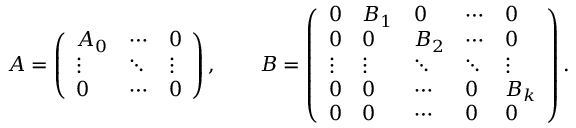
A = \left( \begin{array} { l l l } { A _ { 0 } } & { \cdots } & { 0 } \\ { \vdots } & { \ddots } & { \vdots } \\ { 0 } & { \cdots } & { 0 } \end{array} \right) , \qquad B = \left( \begin{array} { l l l l l } { 0 } & { B _ { 1 } } & { 0 } & { \cdots } & { 0 } \\ { 0 } & { 0 } & { B _ { 2 } } & { \cdots } & { 0 } \\ { \vdots } & { \vdots } & { \ddots } & { \ddots } & { \vdots } \\ { 0 } & { 0 } & { \cdots } & { 0 } & { B _ { k } } \\ { 0 } & { 0 } & { \cdots } & { 0 } & { 0 } \end{array} \right) .